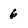
Character: 6